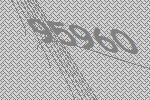
95960